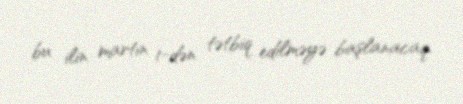
bu ilin martın 1-dən tətbiq edilməyə başlanacaq.